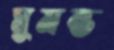
ঘুমন্ত